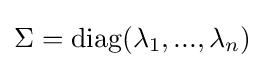
{\textstyle \Sigma =\mathrm {diag} (\lambda _{1},...,\lambda _{n})}